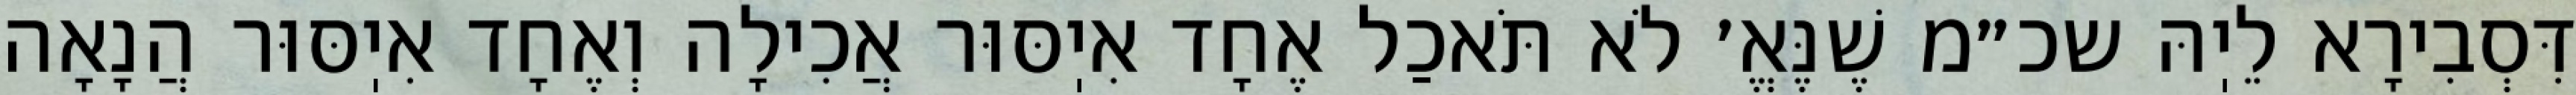
דִּסְבִירָא לֵיֽהּ שכ״מ שֶׁנֶּאֱ׳ לֹא תֹּאכַל אֶחָד אִיֽסּוּר אֲכִילָה וְאֶחָד אִיֽסּוּר הֲנָאָה